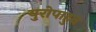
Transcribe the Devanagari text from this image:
युरोपाहुन